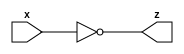
module not_gate_n (x, z);
  parameter n=2;
  input [n-1:0] x;
  output [n-1:0] z;
  
  assign z = ~x ;
  
  
endmodule